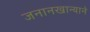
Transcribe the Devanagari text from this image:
जनानखान्याने